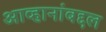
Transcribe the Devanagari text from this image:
आव्हानांबद्दल